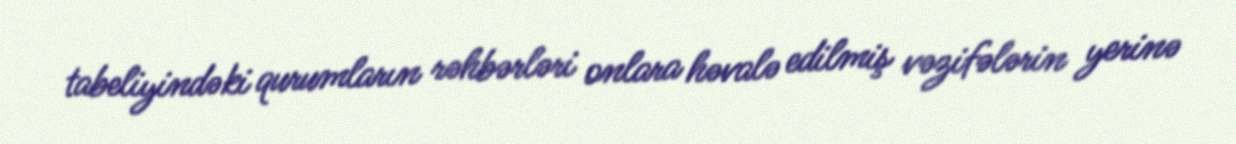
tabeliyindəki qurumların rəhbərləri onlara həvalə edilmiş vəzifələrin yerinə